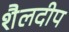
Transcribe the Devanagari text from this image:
शैलदीप